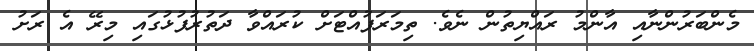
މެންބަރުންނާއި އާންމު ރައްޔިތުން ނެވެ. ތިމަރަފުއްޓަށް ކުރައްވާ ދަތުރުފުޅުގައި މިރޭ އެ ރަށު